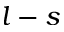
l - s